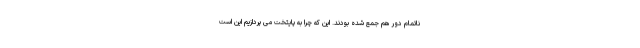
ناتمام دور هم جمع شده بودند. این که چرا به پایتخت می پردازیم این است